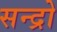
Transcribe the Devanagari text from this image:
सन्द्रो